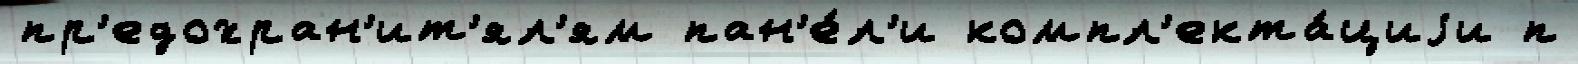
пр'едохран'ит'ял'ям пан'е́л'и компл'екта́циjи п